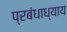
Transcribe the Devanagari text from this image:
प्रबंधाध्याय